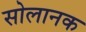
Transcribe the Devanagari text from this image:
सोलानक